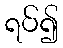
ရပ်၍